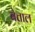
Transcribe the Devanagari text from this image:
बेत्ताल